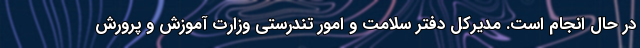
در حال انجام است. مدیرکل دفتر سلامت و امور تندرستی وزارت آموزش و پرورش